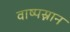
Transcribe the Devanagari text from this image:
वाष्पस्नान